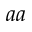
^ { a a }